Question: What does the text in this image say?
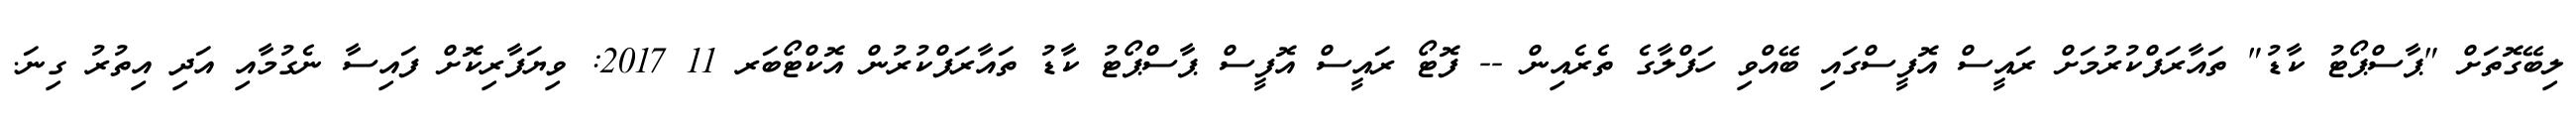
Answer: ލިބޭގޮތަށް "ޕާސްޕޯޓު ކާޑު" ތައާރަފްކުރުމަށް ރައީސް އޮފީސްގައި ބޭއްވި ހަފްލާގެ ތެރެއިން -- ފޮޓޯ ރައީސް އޮފީސް ޕާސްޕޯޓު ކާޑު ތައާރަފްކުރުން އޮކްޓޯބަރ 11 2017: ވިޔަފާރިކޮށް ފައިސާ ނެގުމާއި އަދި އިތުރު ގިނަ.